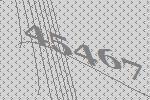
45467